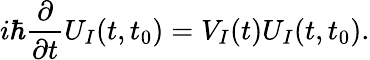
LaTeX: i\hbar\frac{\partial}{\partial t}U_{I}(t,t_{0})=V_{I}(t)U_{I}(t,t_{0}).